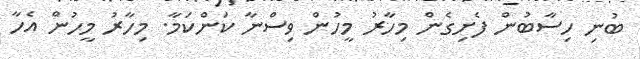
ބުނި ހިސާބުން ފެށިގެން މިހާރު މީހުން ވިސްނާ ކަންކަމާ. މިހާރު މީހުން އެހާ